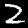
Label: 2